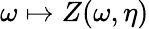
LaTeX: \omega\mapsto Z(\omega,\eta)